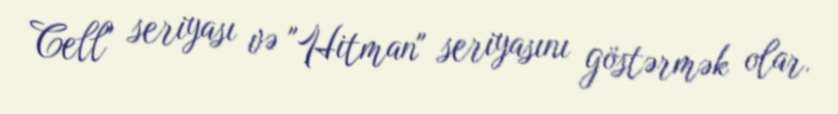
Cell" seriyası və "Hitman" seriyasını göstərmək olar.